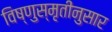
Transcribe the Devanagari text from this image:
विष्णुस्मृतीनुसार